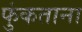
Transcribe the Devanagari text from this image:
फुंकताना